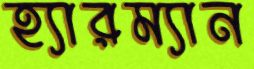
হ্যারম্যান